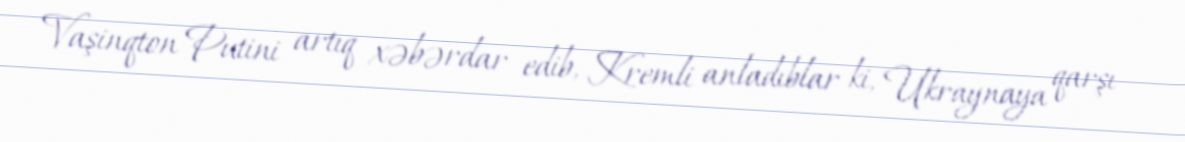
Vaşinqton Putini artıq xəbərdar edib, Kremli anladıblar ki, Ukraynaya qarşı